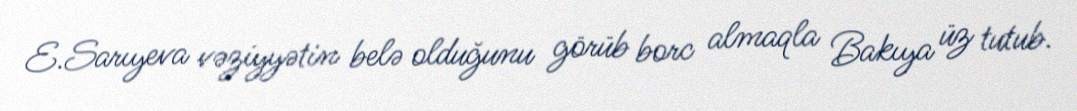
E.Sarıyeva vəziyyətin belə olduğunu görüb borc almaqla Bakıya üz tutub.